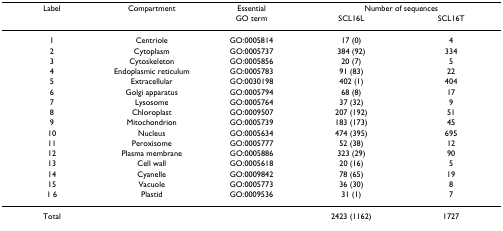
<table><thead><tr><td><b>Label</b></td><td><b>Compartment</b></td><td><b>Essential</b></td><td colspan="2"><b>Number of sequences</b></td></tr><tr><td></td><td></td><td><b>GO term</b></td><td><b>SCL16L</b></td><td><b>SCL16T</b></td></tr></thead><tbody><tr><td>1</td><td>Centriole</td><td>GO:0005814</td><td>17 (0)</td><td>4</td></tr><tr><td>2</td><td>Cytoplasm</td><td>GO:0005737</td><td>384 (92)</td><td>334</td></tr><tr><td>3</td><td>Cytoskeleton</td><td>GO:0005856</td><td>20 (7)</td><td>5</td></tr><tr><td>4</td><td>Endoplasmic reticulum</td><td>GO:0005783</td><td>91 (83)</td><td>22</td></tr><tr><td>5</td><td>Extracellular</td><td>GO:0030198</td><td>402 (1)</td><td>404</td></tr><tr><td>6</td><td>Golgi apparatus</td><td>GO:0005794</td><td>68 (8)</td><td>17</td></tr><tr><td>7</td><td>Lysosome</td><td>GO:0005764</td><td>37 (32)</td><td>9</td></tr><tr><td>8</td><td>Chloroplast</td><td>GO:0009507</td><td>207 (192)</td><td>51</td></tr><tr><td>9</td><td>Mitochondrion</td><td>GO:0005739</td><td>183 (173)</td><td>45</td></tr><tr><td>10</td><td>Nucleus</td><td>GO:0005634</td><td>474 (395)</td><td>695</td></tr><tr><td>11</td><td>Peroxisome</td><td>GO:0005777</td><td>52 (38)</td><td>12</td></tr><tr><td>12</td><td>Plasma membrane</td><td>GO:0005886</td><td>323 (29)</td><td>90</td></tr><tr><td>13</td><td>Cell wall</td><td>GO:0005618</td><td>20 (16)</td><td>5</td></tr><tr><td>14</td><td>Cyanelle</td><td>GO:0009842</td><td>78 (65)</td><td>19</td></tr><tr><td>15</td><td>Vacuole</td><td>GO:0005773</td><td>36 (30)</td><td>8</td></tr><tr><td>1 6</td><td>Plastid</td><td>GO:0009536</td><td>31 (1)</td><td>7</td></tr><tr><td>Total</td><td></td><td></td><td>2423 (1162)</td><td>1727</td></tr></tbody></table>